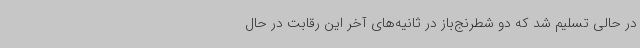
در حالی تسلیم شد که دو شطرنج‌باز در ثانیه‌های آخر این رقابت در حال